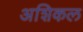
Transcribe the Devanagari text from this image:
अशिकल